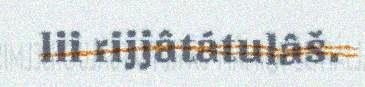
lii rijjâtátulâš.